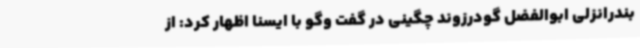
بندرانزلی ابوالفضل گودرزوند چگینی در گفت وگو با ایسنا اظهار کرد: از